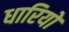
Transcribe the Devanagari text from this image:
धारियो